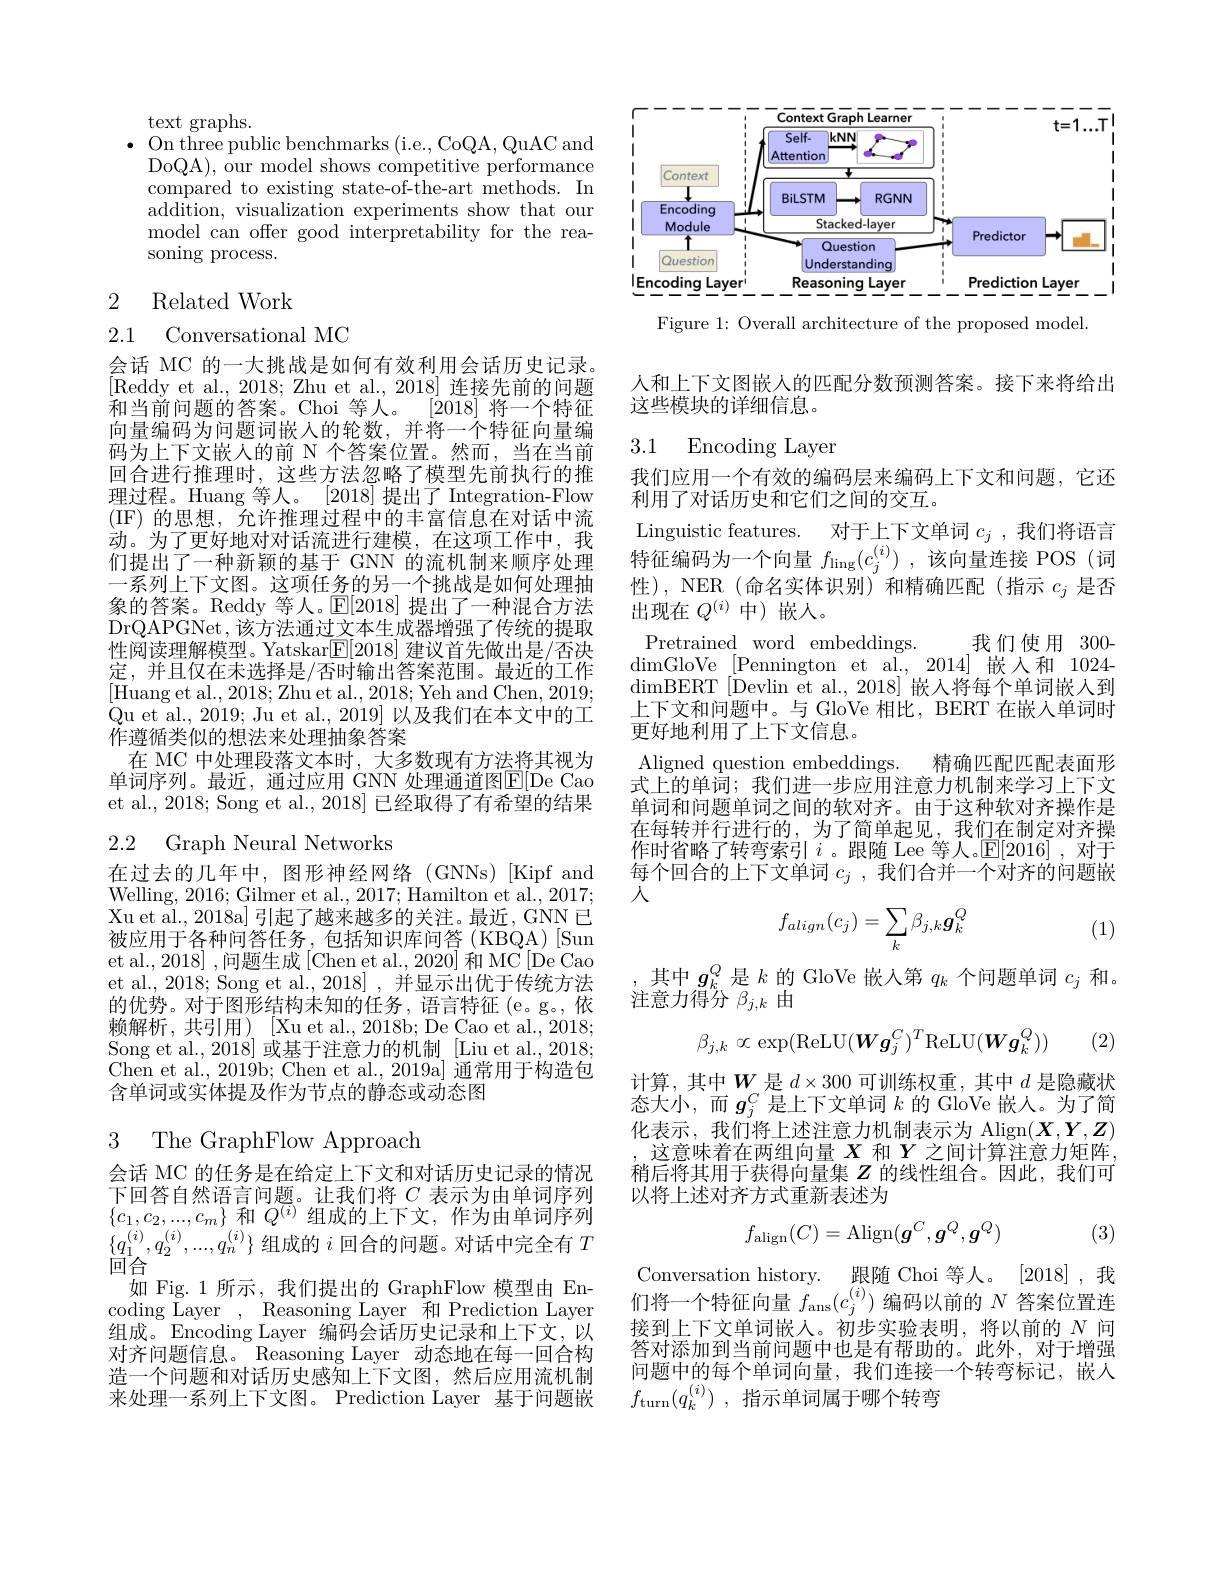
text graphs.
On three public benchmarks (i.e., CoQA, QuAC and DoQA), our model shows competitive performance compared to existing state-of-the-art methods. In addition, visualization experiments show that our model can offer good interpretability for the reasoning process.

## 2 Related Work

2.1 Conversational MC

会话 MC 的一大挑战是如何有效利用会话历史记录。[Reddy et al., 2018; Zhu et al., 2018] 连接先前的问题
$[20\overline{18}]$将一个特征
和当前问题的答案。Choi 等人。
向量编码为问题词嵌人的轮数，并将一个特征向量编码为上下文嵌人的前 N 个答案位置。然而，当在当前回合进行推理时，这些方法忽略了模型先前执行的推理过程。Huang 等人。[2018]提出了 Integration-Flow (IF)的思想，允许推理过程中的丰富信息在对话中流动。为了更好地对对话流进行建模，在这项工作中，我们提出了一种新颖的基于 GNN 的流机制来顺序处理一系列上下文图。这项任务的另一个挑战是如何处理抽象的答案。Reddy 等人。$\mathbb{E}[2018]$提出了一种混合方法DrQAPGNet,该方法通过文本生成器增强了传统的提取性阅读理解模型。Yatskar$\mathbb{E}[2018]$建议首先做出是/否决定，并且仅在未选择是/否时输出答案范围。最近的工作[Huang et al., 2018; Zhu et al., 2018; Yeh and Chen, 2019; Qu et al., 2019; Ju et al., 2019] 以及我们在本文中的工作遵循类似的想法来处理抽象答案
在 MC 中处理段落文本时，大多数现有方法将其视为单词序列。最近，通过应用 GNN 处理通道图E[ De Cao et al., 2018; Song et al., 2018] 已经取得了有希望的结果

## 2.2 Graph Neural Networks

在过去的几年中，图形神经网络(GNNs)[Kipf and Welling, 2016; Gilmer et al., 2017; Hamilton et al., 2017; Xu et al., 2018a] 引起了越来越多的关注。最近，GNN 已被应用于各种问答任务，包括知识库问答(KBQA)[Sun et al., 2018] , 问题生成 [Chen et al., 2020] 和 MC [De Cao et al., 2018; Song et al., 2018] , 并显示出优于传统方法的优势。对于图形结构未知的任务，语言特征(e。g。,依赖解析，共引用)[Xuetal.,2018b;DeCaoetal.,2018; Song et al., 2018] 或基于注意力的机制 [Liu et al.,2018; Chen et al., 2019b; Chen et al., 2019a] 通常用于构造包含单词或实体提及作为节点的静态或动态图

# 3 The GraphFlow Approach

会话 MC 的任务是在给定上下文和对话历史记录的情况下回答自然语言问题。让我们将$C$表示为由单词序列$\{ c_{1}, c_{2}, . . . , c_{m}\}$ 和 $Q^{( i) }$ 组 成 的 上 下 文 , 作 为 由 单 词 序 列 $\{ q_{1}^{( i) }, q_{2}^{( i) }, . . . , q_{n}^{( i) }\}$ 组 成 的 $i$ 回 合 的 问 题 。对 话 中 完 全 有 $T$ $\bar{\text{回合}}$
如 Fig. 1 所示，我们提出的 GraphFlow 模型由 Encoding Layer, Reasoning Layer 和 Prediction Layer 组成。Encoding Layer 编码会话历史记录和上下文，以对齐问题信息。Reasoning Layer 动态地在每一回合构造一个问题和对话历史感知上下文图，然后应用流机制来处理一系列上下文图。Prediction Layer 基于问题嵌

<FigureHere>

Figure 1: Overall architecture of the proposed model

人和上下文图嵌人的匹配分数预测答案。接下来将给出
这些模块的详细信息。

## 3.1 Encoding Layer

我们应用一个有效的编码层来编码上下文和问题，它还
利用了对话历史和它们之间的交互。
Linguistic features. 对于上下文单词$c_j$ ,我们将语言特征编码为一个向量$f_\mathrm{ling}(c_j^{(i)})$ ,该向量连接 POS (词性), NER(命名实体识别)和精确匹配(指示$c_j$是否出现在$Q^{(i)}$中)嵌人。
Pretrained word embeddings.
我们使用 300-
dimGloVe [Pennington et al.,2014]嵌人和 1024- $\dim$BERT [Devlin et al., 2018] 嵌入将每个单词嵌人到上下文和问题中。与 GloVe 相比，BERT 在嵌入单词时更好地利用了上下文信息。
Aligned question embeddings.
精确匹配匹配表面形
式上的单词；我们进一步应用注意力机制来学习上下文单词和问题单词之间的软对齐。由于这种软对齐操作是在每转并行进行的，为了简单起见，我们在制定对齐操作时省略了转弯索引$i$。跟随 Lee 等人。$\mathbb{E}[2016]$,对于每个回合的上下文单词$c_j$ ,我们合并一个对齐的问题嵌人
$$f_{align}(c_j)=\sum_k\beta_{j,k}\boldsymbol{g}_k^Q$$
(1)

其中$g_k^Q$是$k$的 GloVe 嵌入第$q_k$个问题单词$c_j$和。
注意力得分$\beta_j,k$由

(2)
$$\beta_{j,k}\propto\exp(\mathrm{ReLU}(\boldsymbol{W}\boldsymbol{g}_j^C)^T\mathrm{ReLU}(\boldsymbol{W}\boldsymbol{g}_k^Q))$$
计算，其中$\boldsymbol{W}$是 $d\times300$ 可训练权重，其中$d$ 是隐藏状态大小，而$g_j^C$是上下文单词$k$的 GloVe 嵌人。为了简化表示，我们将上述注意力机制表示为 Align$(\boldsymbol{X},\boldsymbol{Y},\boldsymbol{Z})$
这意味着在两组向量$X$和$Y$之间计算注意力矩阵稍后将其用于获得向量集$Z$的线性组合。因此，我们可以将上述对齐方式重新表述为

(3)
$$f_{\mathrm{align}}(C)=\mathrm{Align}(\boldsymbol{g}^C,\boldsymbol{g}^Q,\boldsymbol{g}^Q)$$
Conversation history. 跟随 Choi 等人。[2018] ,我们将一个特征向量$f_{\mathrm{ans}}(c_j^{(i)})$编码以前的$N$答案位置连接到上下文单词嵌人。初步实验表明，将以前的$N$问答对添加到当前问题中也是有帮助的。此外，对于增强问题中的每个单词向量，我们连接一个转弯标记，嵌人$f_{\mathrm{turn}}( q_k^{( i) })$ ,指示单词属于哪个转弯